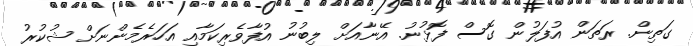
ގަތިން. ރަތަން އުފަލުން ގޮސް ފޮޅުނު. އޭނާއަށް ލިބުނު އުފާވެރިކަމާއި އަހަރެމެންނަށް ޝުކުރު